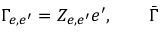
\Gamma _ { e , e ^ { \prime } } = Z _ { e , e ^ { \prime } } e ^ { \prime } , \qquad \bar { \Gamma }